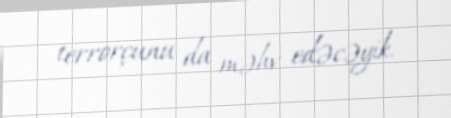
terrorçunu da məhv edəcəyik.